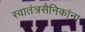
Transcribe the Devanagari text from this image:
स्वातंत्रसैनिकांना